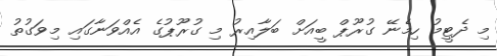
މި ދެޓީމު ހިމެނޭ ގުރޫޕް ބީއަށް ބަލާއިރު މި ގުރޫޕުގެ އެއްވަނާގައި މިވަގުތު